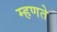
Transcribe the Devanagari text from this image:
म्‍हणते